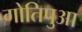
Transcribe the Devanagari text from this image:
गोतिपुआ